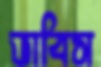
ভাবিস